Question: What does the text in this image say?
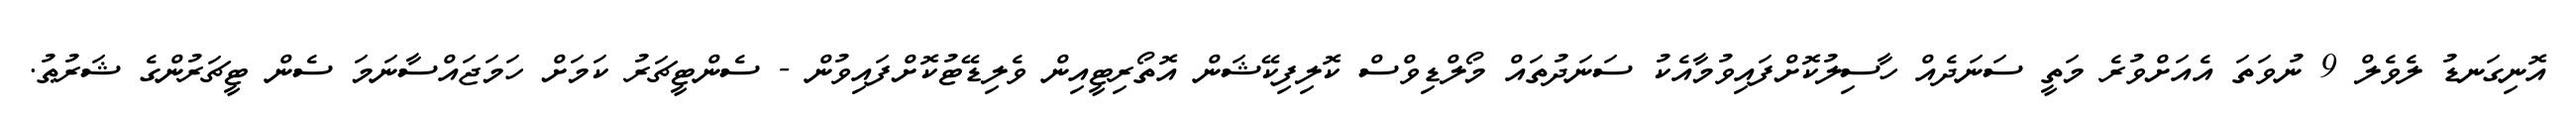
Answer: އޮނިގަނޑު ލެވެލް 9 ނުވަތަ އެއަށްވުރެ މަތީ ސަނަދެއް ހާސިލުކޮށްފައިވުމާއެކު ސަނަދުތައް މޯލްޑިވްސް ކޮލިފިކޭޝަން އޮތޯރިޓީއިން ވެލިޑޭޓުކޮށްފައިވުން - ސެންޓީޗަރު ކަމަށް ހަމަޖައްސާނަމަ ސެން ޓީޗަރުންގެ ޝަރުޠު.